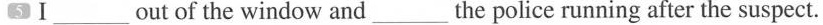
5 Ⅰ___ out of the window and ___ the police running after the suspect.